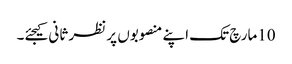
10مارچ تک اپنے منصوبوں پر نظر ثانی کیجئے۔